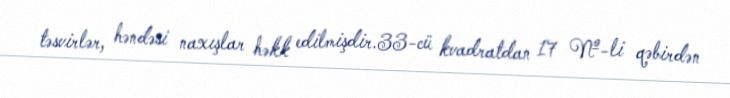
təsvirlər, həndəsi naxışlar həkk edilmişdir.33-cü kvadratdan 17 №-li qəbirdən